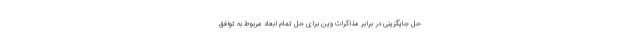
حل جایگزینی در برابر مذاکرات وین برای حل تمام ابعاد مربوط به توافق